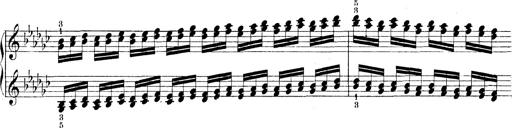
Title: Technische Studien
Composer: Franz Liszt